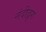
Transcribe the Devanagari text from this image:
नंदीद्रुग